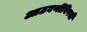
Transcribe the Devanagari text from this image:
आठवणींविषयी